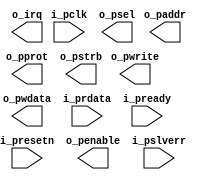
module master_apb_32 (
    input           i_pclk    ,
    input           i_presetn ,
    output          o_irq     ,
    output          o_psel    ,
    output          o_penable ,
    output [31:0]   o_paddr   ,
    output          o_pwrite  ,
    output [31:0]   o_pwdata  ,
    output [2:0]    o_pprot   ,
    output [3:0]    o_pstrb   ,
    input  [31:0]   i_prdata  ,
    input           i_pready  ,
    input           i_pslverr 
);


endmodule